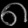
Digit: ၈